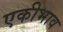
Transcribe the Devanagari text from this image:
एकीभाव